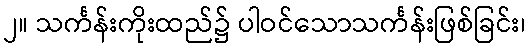
၂။ သင်္ကန်းကိုးထည်၌ ပါဝင်သောသင်္ကန်းဖြစ်ခြင်း၊